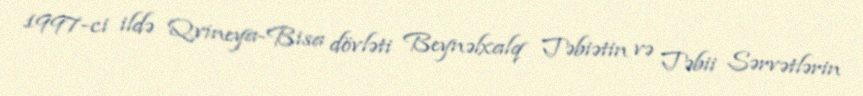
1997-ci ildə Qvineya-Bisa dövləti Beynəlxalq Təbiətin və Təbii Sərvətlərin